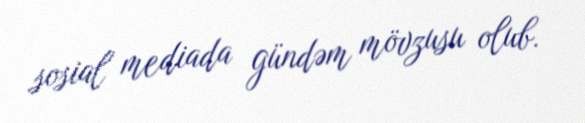
sosial mediada gündəm mövzusu olub.